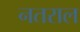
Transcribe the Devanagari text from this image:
नतराल